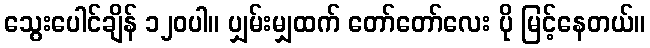
သွေးပေါင်ချိန် ၁၂၀ပါ။ ပျှမ်းမျှထက် တော်တော်လေး ပို မြင့်နေတယ်။